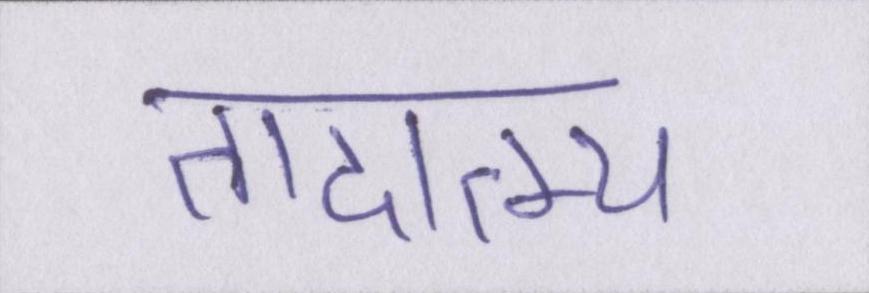
तादात्म्य